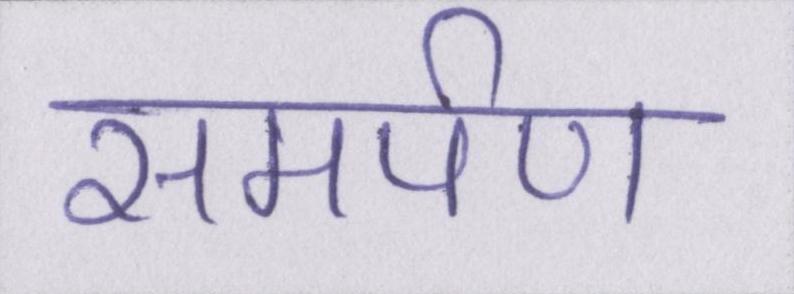
समर्पण